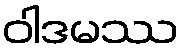
ဝါဒမဿ